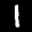
Label: 1